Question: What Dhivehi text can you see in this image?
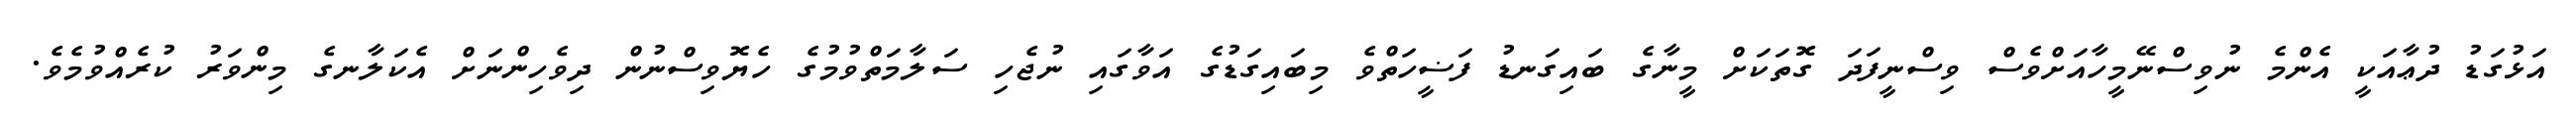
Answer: އަޅުގަޑު ދުޢާއަކީ އެންމެ ނުވިސްނޭމީހާއަށްވެސް ވިސްނީފަދަ ގޮތަކަށް މީނާގެ ބައިގަނޑު ފަޟީހަތްވެ މިބައިގަޑުގެ އަވާގައި ނުޖެހި ސަލާމަތްވުމުގެ ހެޔޮވިސްނުން ދިވެހިންނަށް އެކަލާނގެ މިންވަރު ކުރެއްވުމެވެ.